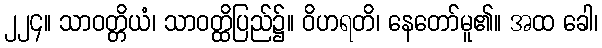
၂၂၄။ သာဝတ္တိယံ၊ သာဝတ္ထိပြည်၌။ ဝိဟရတိ၊ နေတော်မူ၏။ အထ ခေါ၊